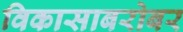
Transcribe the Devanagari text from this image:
विकासाबरोबर